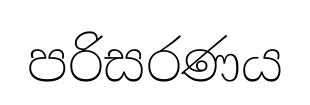
පරිසරණය